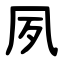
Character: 夙